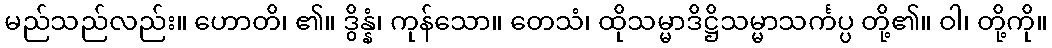
မည်သည်လည်း။ ဟောတိ၊ ၏။ ဒွိန္နံ၊ ကုန်သော။ တေသံ၊ ထိုသမ္မာဒိဋ္ဌိသမ္မာသင်္ကပ္ပ တို့၏။ ဝါ၊ တို့ကို။